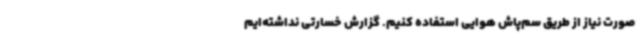
صورت نیاز از طریق سم‌پاش هوایی استفاده کنیم. گزارش خسارتی نداشته‌ایم